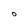
Character: O